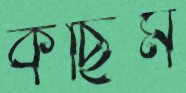
কছিম